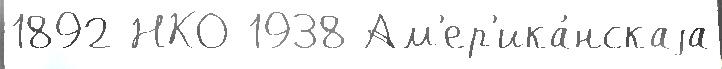
1892 НКО 1938 Ам'ер'ика́нскаjа